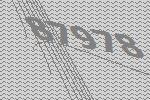
87978